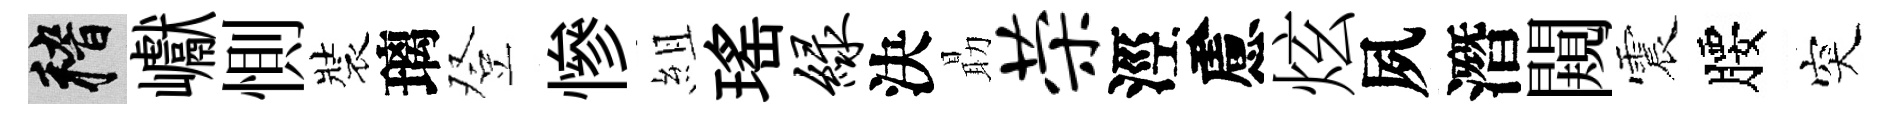
稽巘惻裝璃登慘組瑤绿決朂荣涇慮炫夙潛闚震腰突